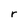
Character: r